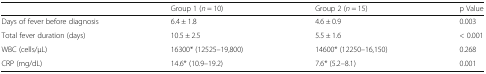
|  | Group 1 (n = 10) | Group 2 (n = 15) | p Value |
 | --- | --- | --- | --- |
 | Days of fever before diagnosis | 6.4 ± 1.8 | 4.6 ± 0.9 | 0.003 |
 | Total fever duration (days) | 10.5 ± 2.5 | 5.5 ± 1.6 | < 0.001 |
 | WBC (cells/μL) | 16300* (12525–19,800) | 14600* (12250–16,150) | 0.268 |
 | CRP (mg/dL) | 14.6* (10.9–19.2) | 7.6* (5.2–8.1) | 0.001 |